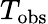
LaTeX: T_{\mathrm{obs}}